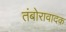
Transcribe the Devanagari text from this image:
तंबोरावादक